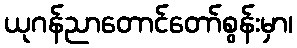
ယုဂန်ညာတောင်တော်စွန်းမှာ၊